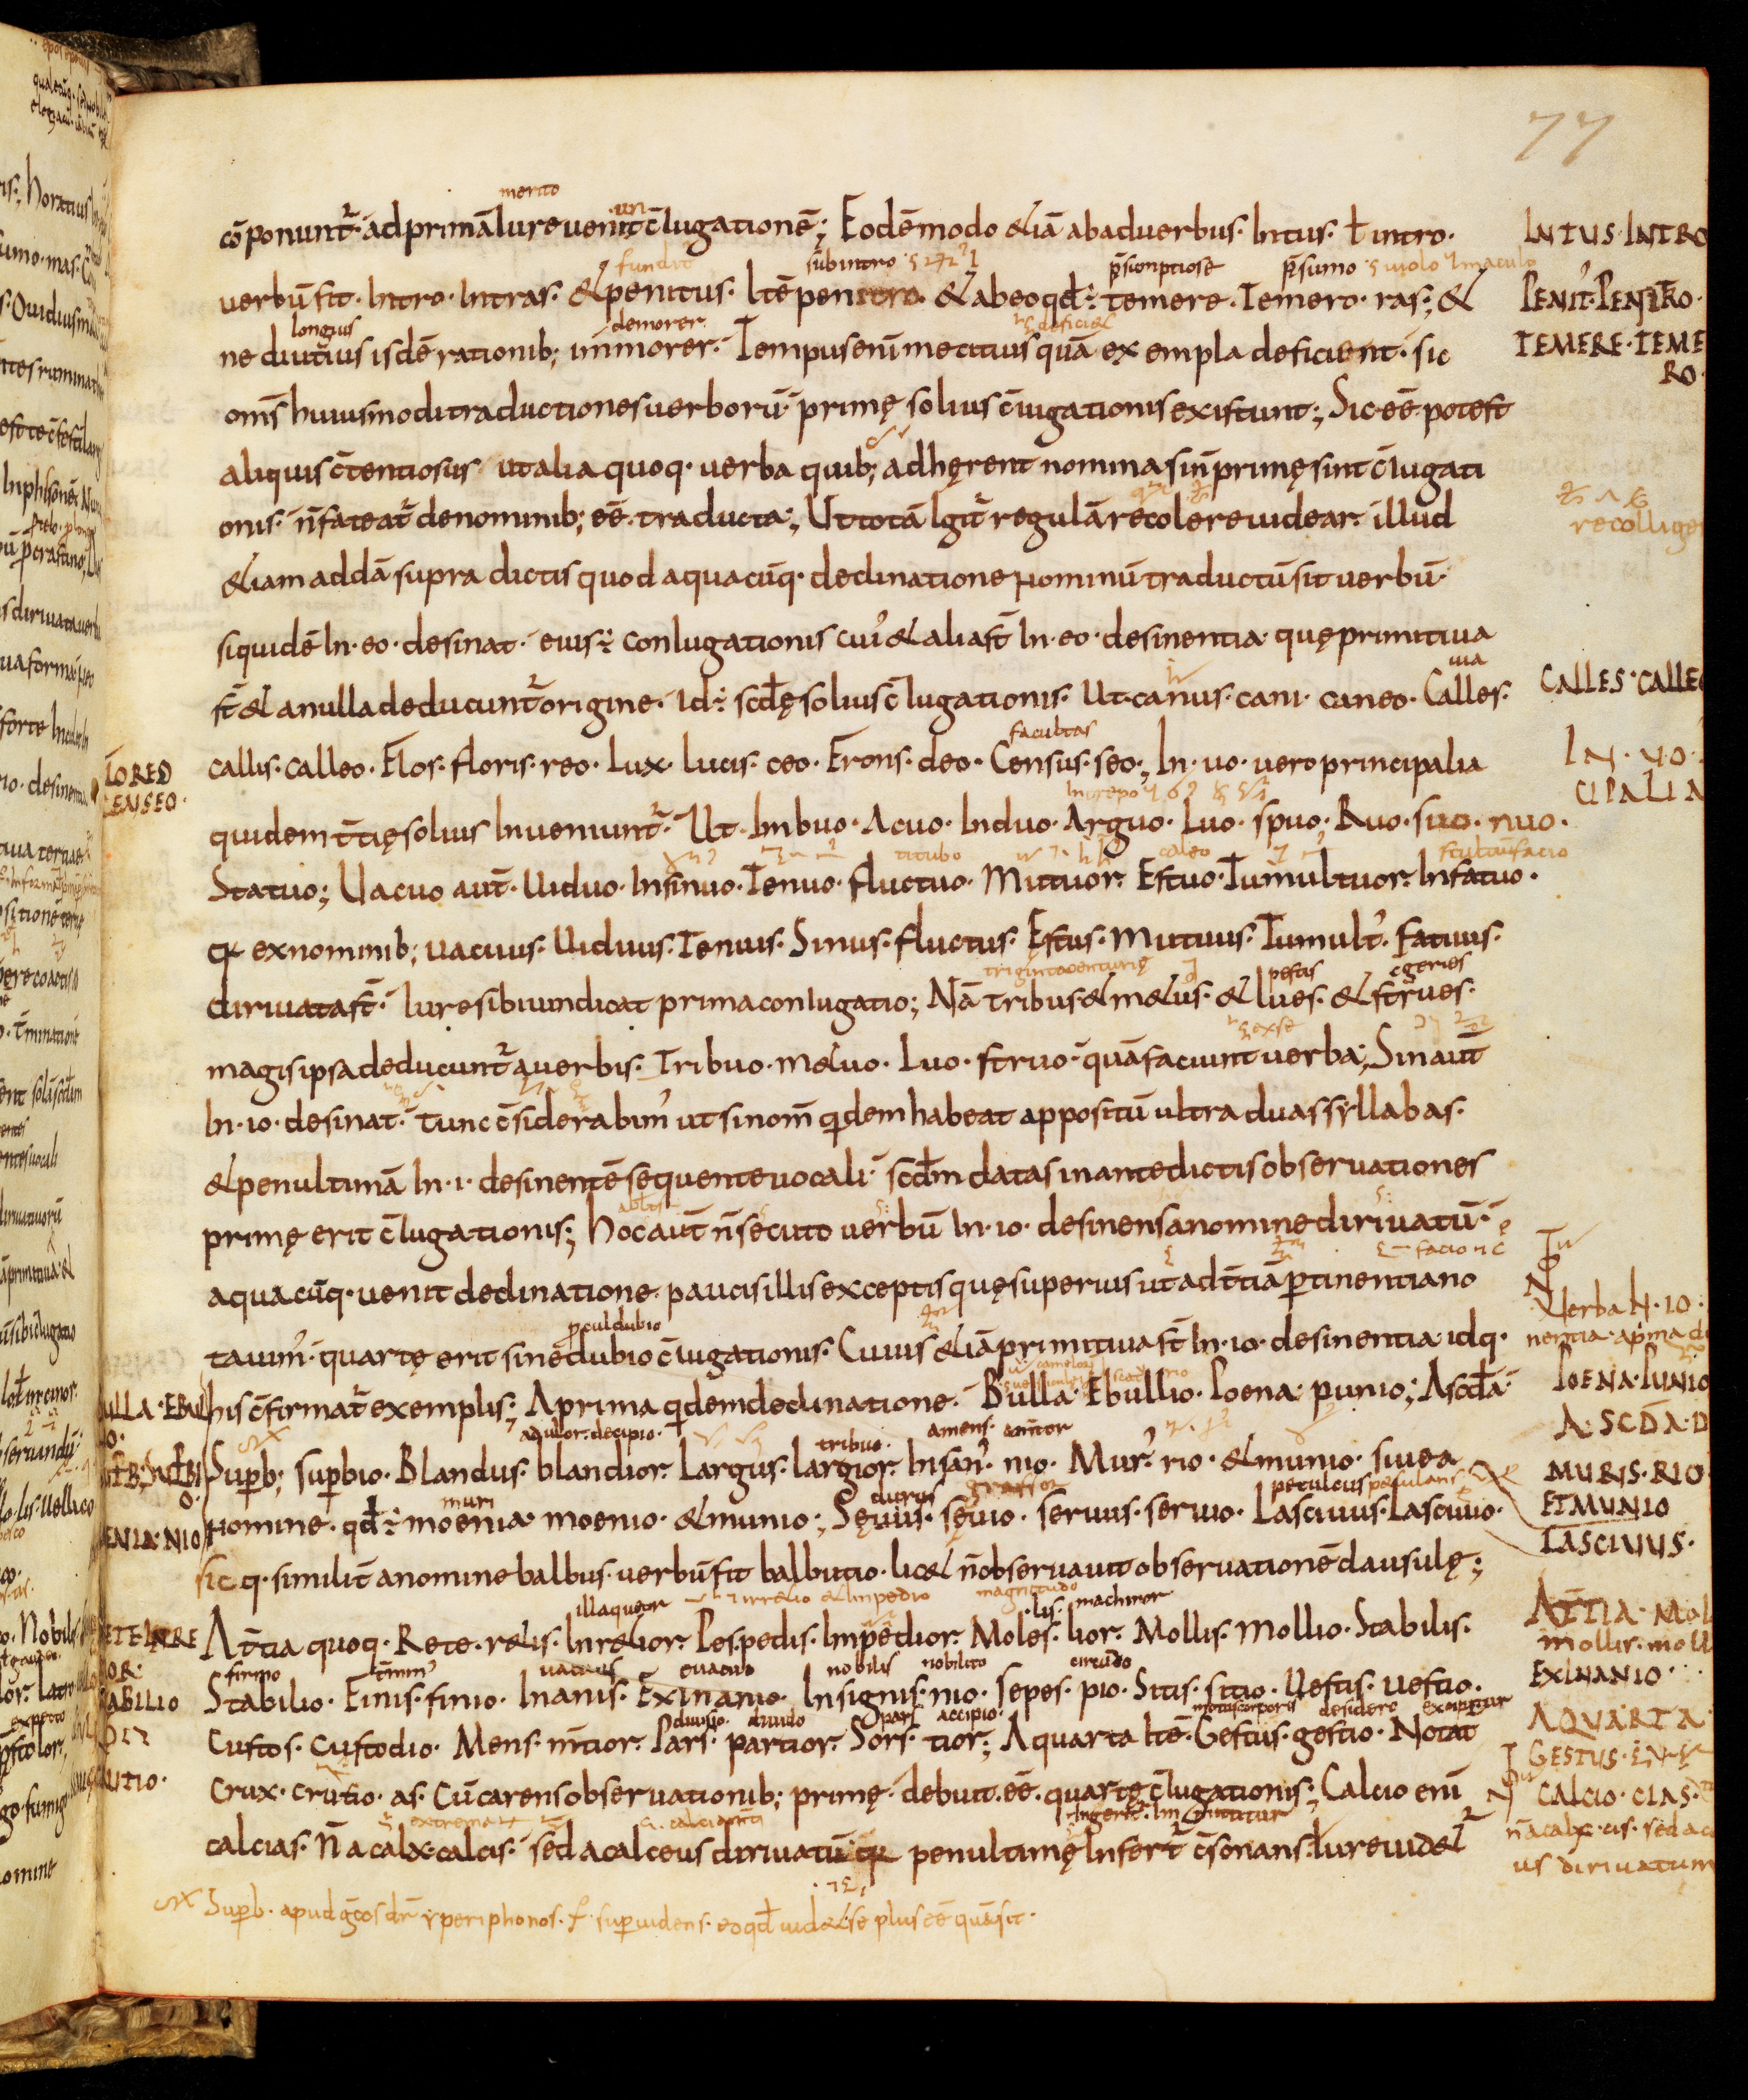
Shelfmark: Bamberg, Staatsbibliothek, MS Class. 30
Century: 9